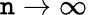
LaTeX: \mathtt{n}\to\infty